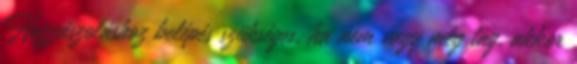
Hozzászoláshoz belépés szükséges, ha nem vagy még tag, akkor